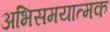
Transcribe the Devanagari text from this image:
अभिसमयात्मक